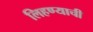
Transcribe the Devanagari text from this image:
लिहण्याची